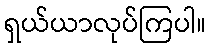
ရှယ်ယာလုပ်ကြပါ။